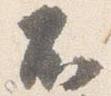
不